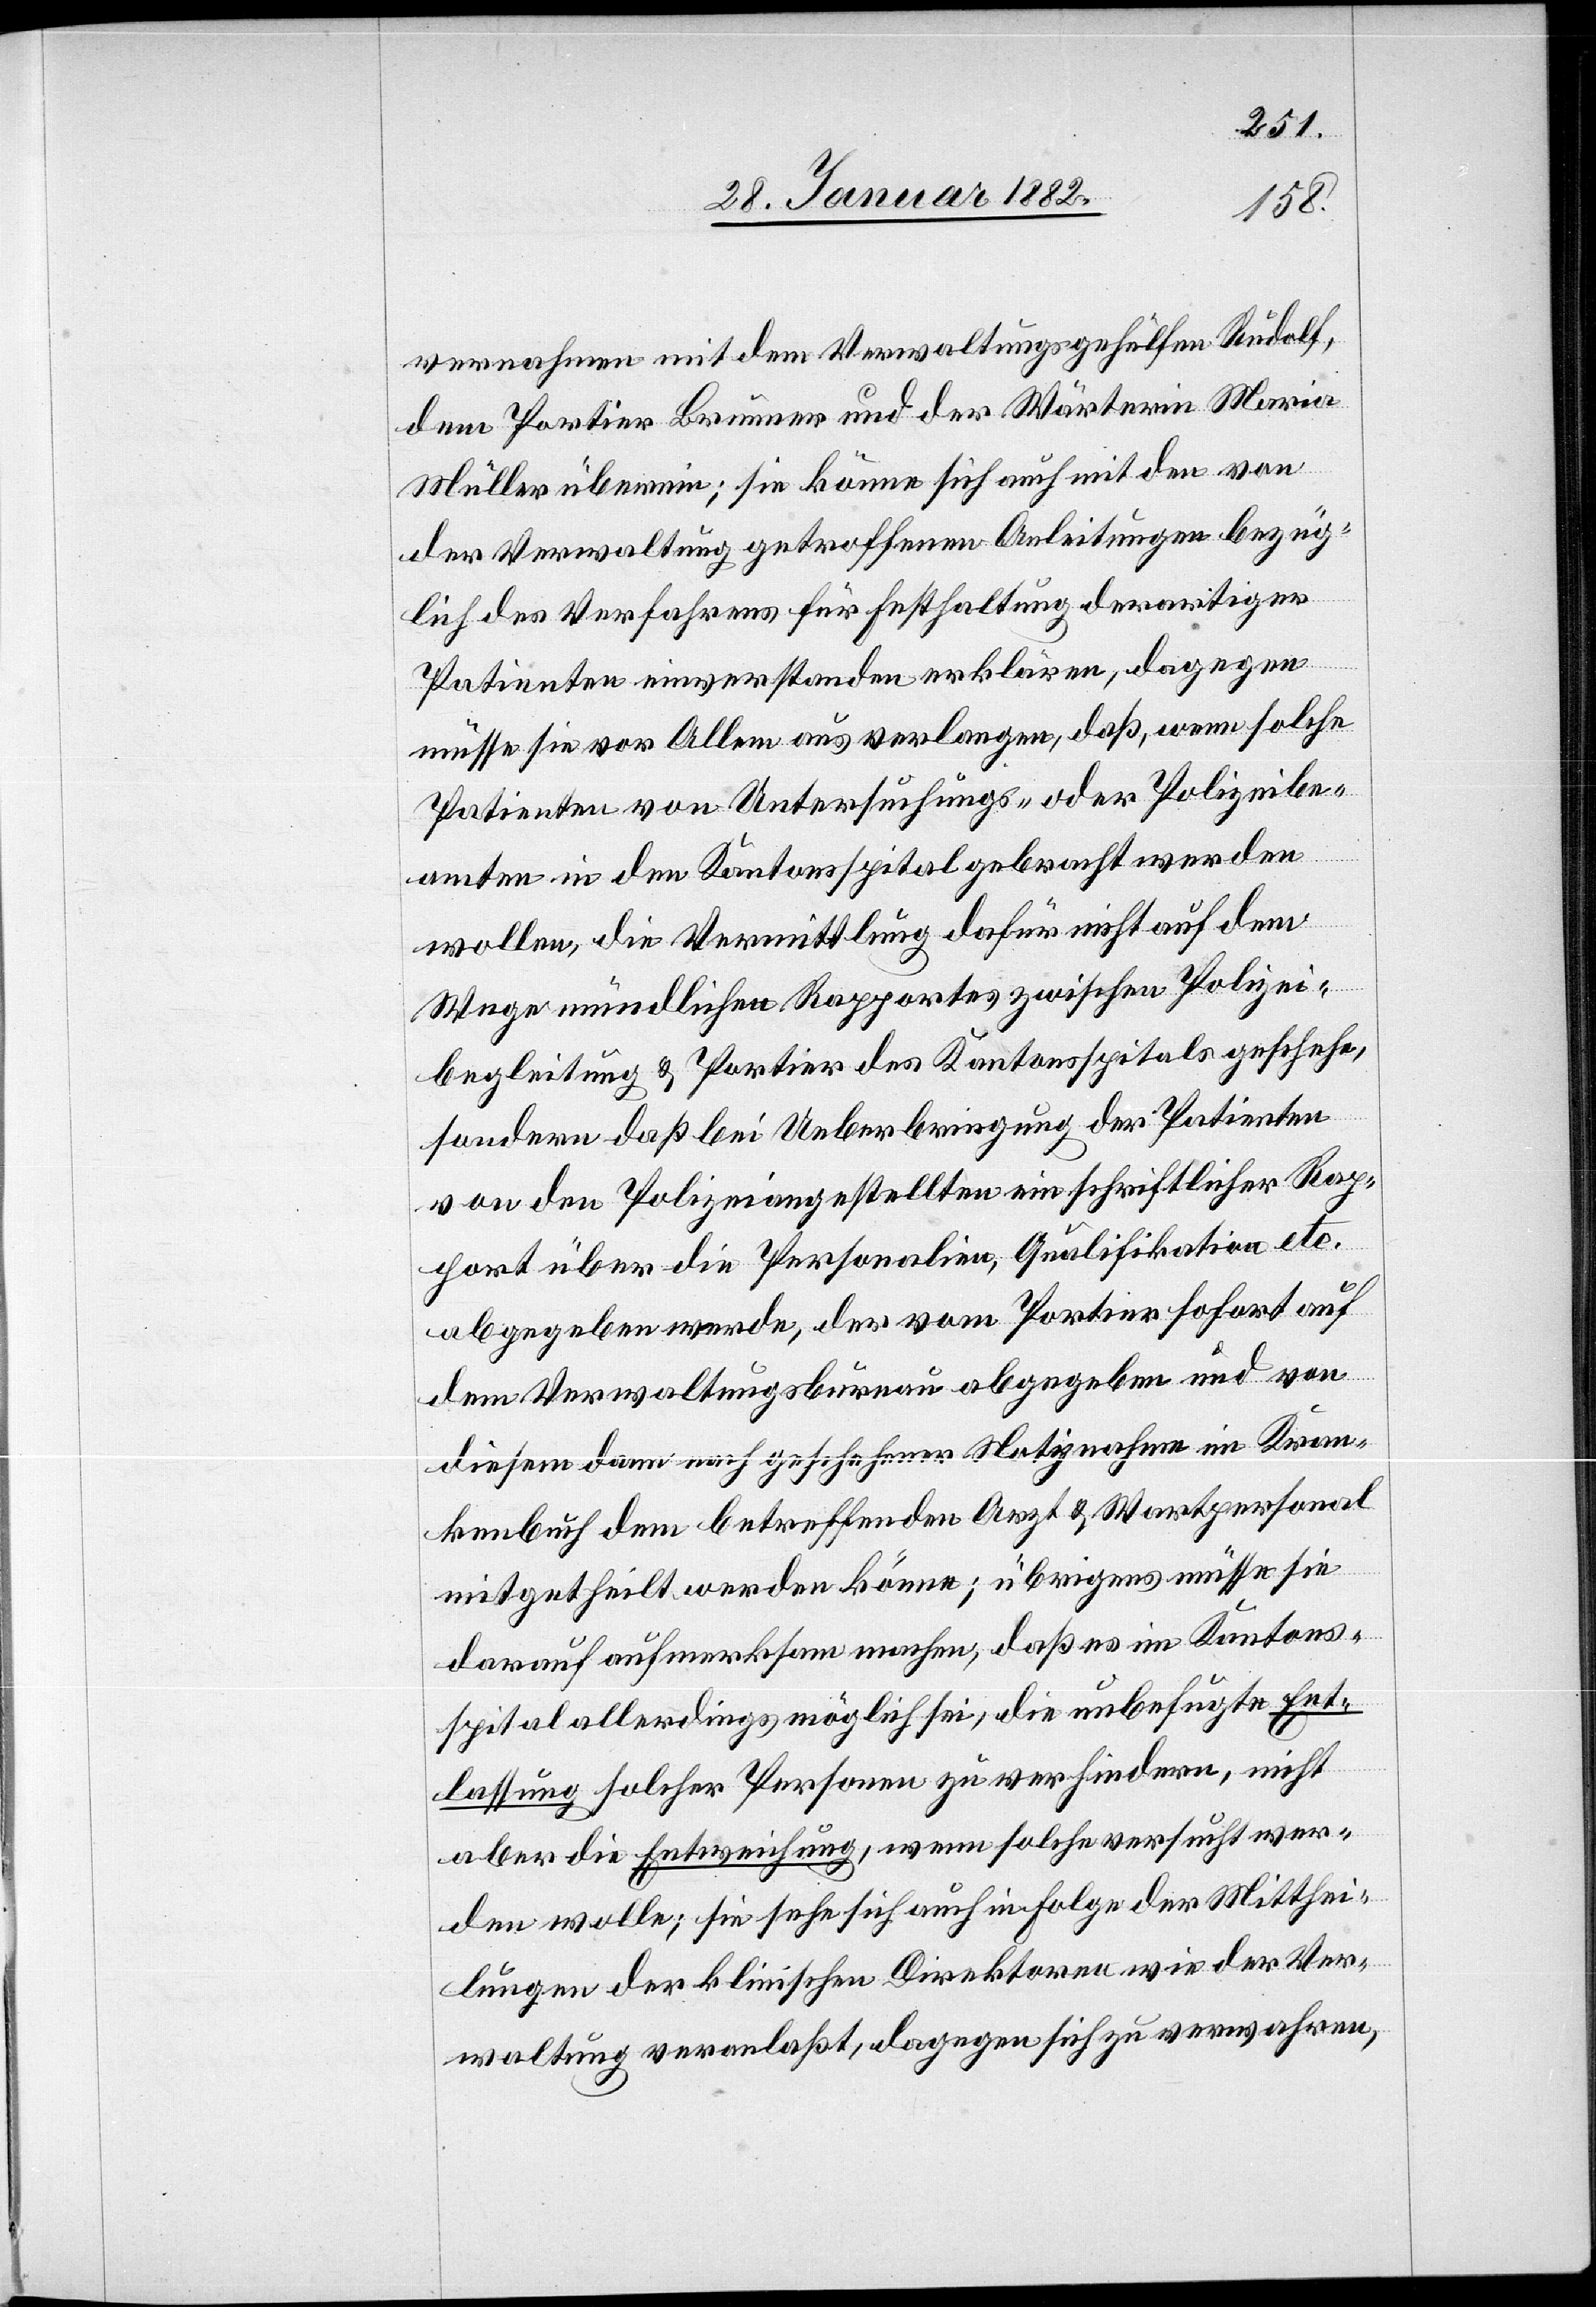
vernahme mit dem Verwaltungsgehülfen Rudolf,
dem Portier Brunner und der Wärterin Maria
Müller überein; sie könne sich auch mit den von
der Verwaltung getroffenen Anleitungen bezüg¬
lich des Verfahrens für Festhaltung derartigen
Patienten einverstanden erklären, dagegen
müsse sie vor Allem eins verlangen, daß, wenn solche
Patienten von Untersuchungs- oder Polizeibe¬
amten in den Kantonsspital gebracht werden
wollen, die Vermittlung dafür nicht auf dem
Wege mündlichen Rapportes zwischen Polizei¬
begleitung & Portier des Kantonsspitals geschehe,
sondern daß bei Ueberbringung der Patienten
von den Polizeiangestellten ein schriftlicher Rap¬
port über die Personalien, Qualifikationen etc.
abgegeben werde, der vom Portier sofort auf
dem Verwaltungsbureau abgegeben und von
diesem dem nach geschehener Notiznahme im Kran¬
kenbuch dem betreffenden Arzt & Wartpersonal
mitgetheilt werden könne; übrigens müsse sie
darauf aufmerksam machen, daß es im Kantons¬
spital allerdings möglich sei, die unbefugte Ent¬
lassung solcher Personen zu verhindern, nicht
aber die Entweichung, wenn solche versucht wer¬
den wolle; sie sehe sich auch in Folge der Mitthei¬
lungen der klinischen Direktoren wie der Ver¬
waltung veranlaßt, dagegen sich zu verwahren,